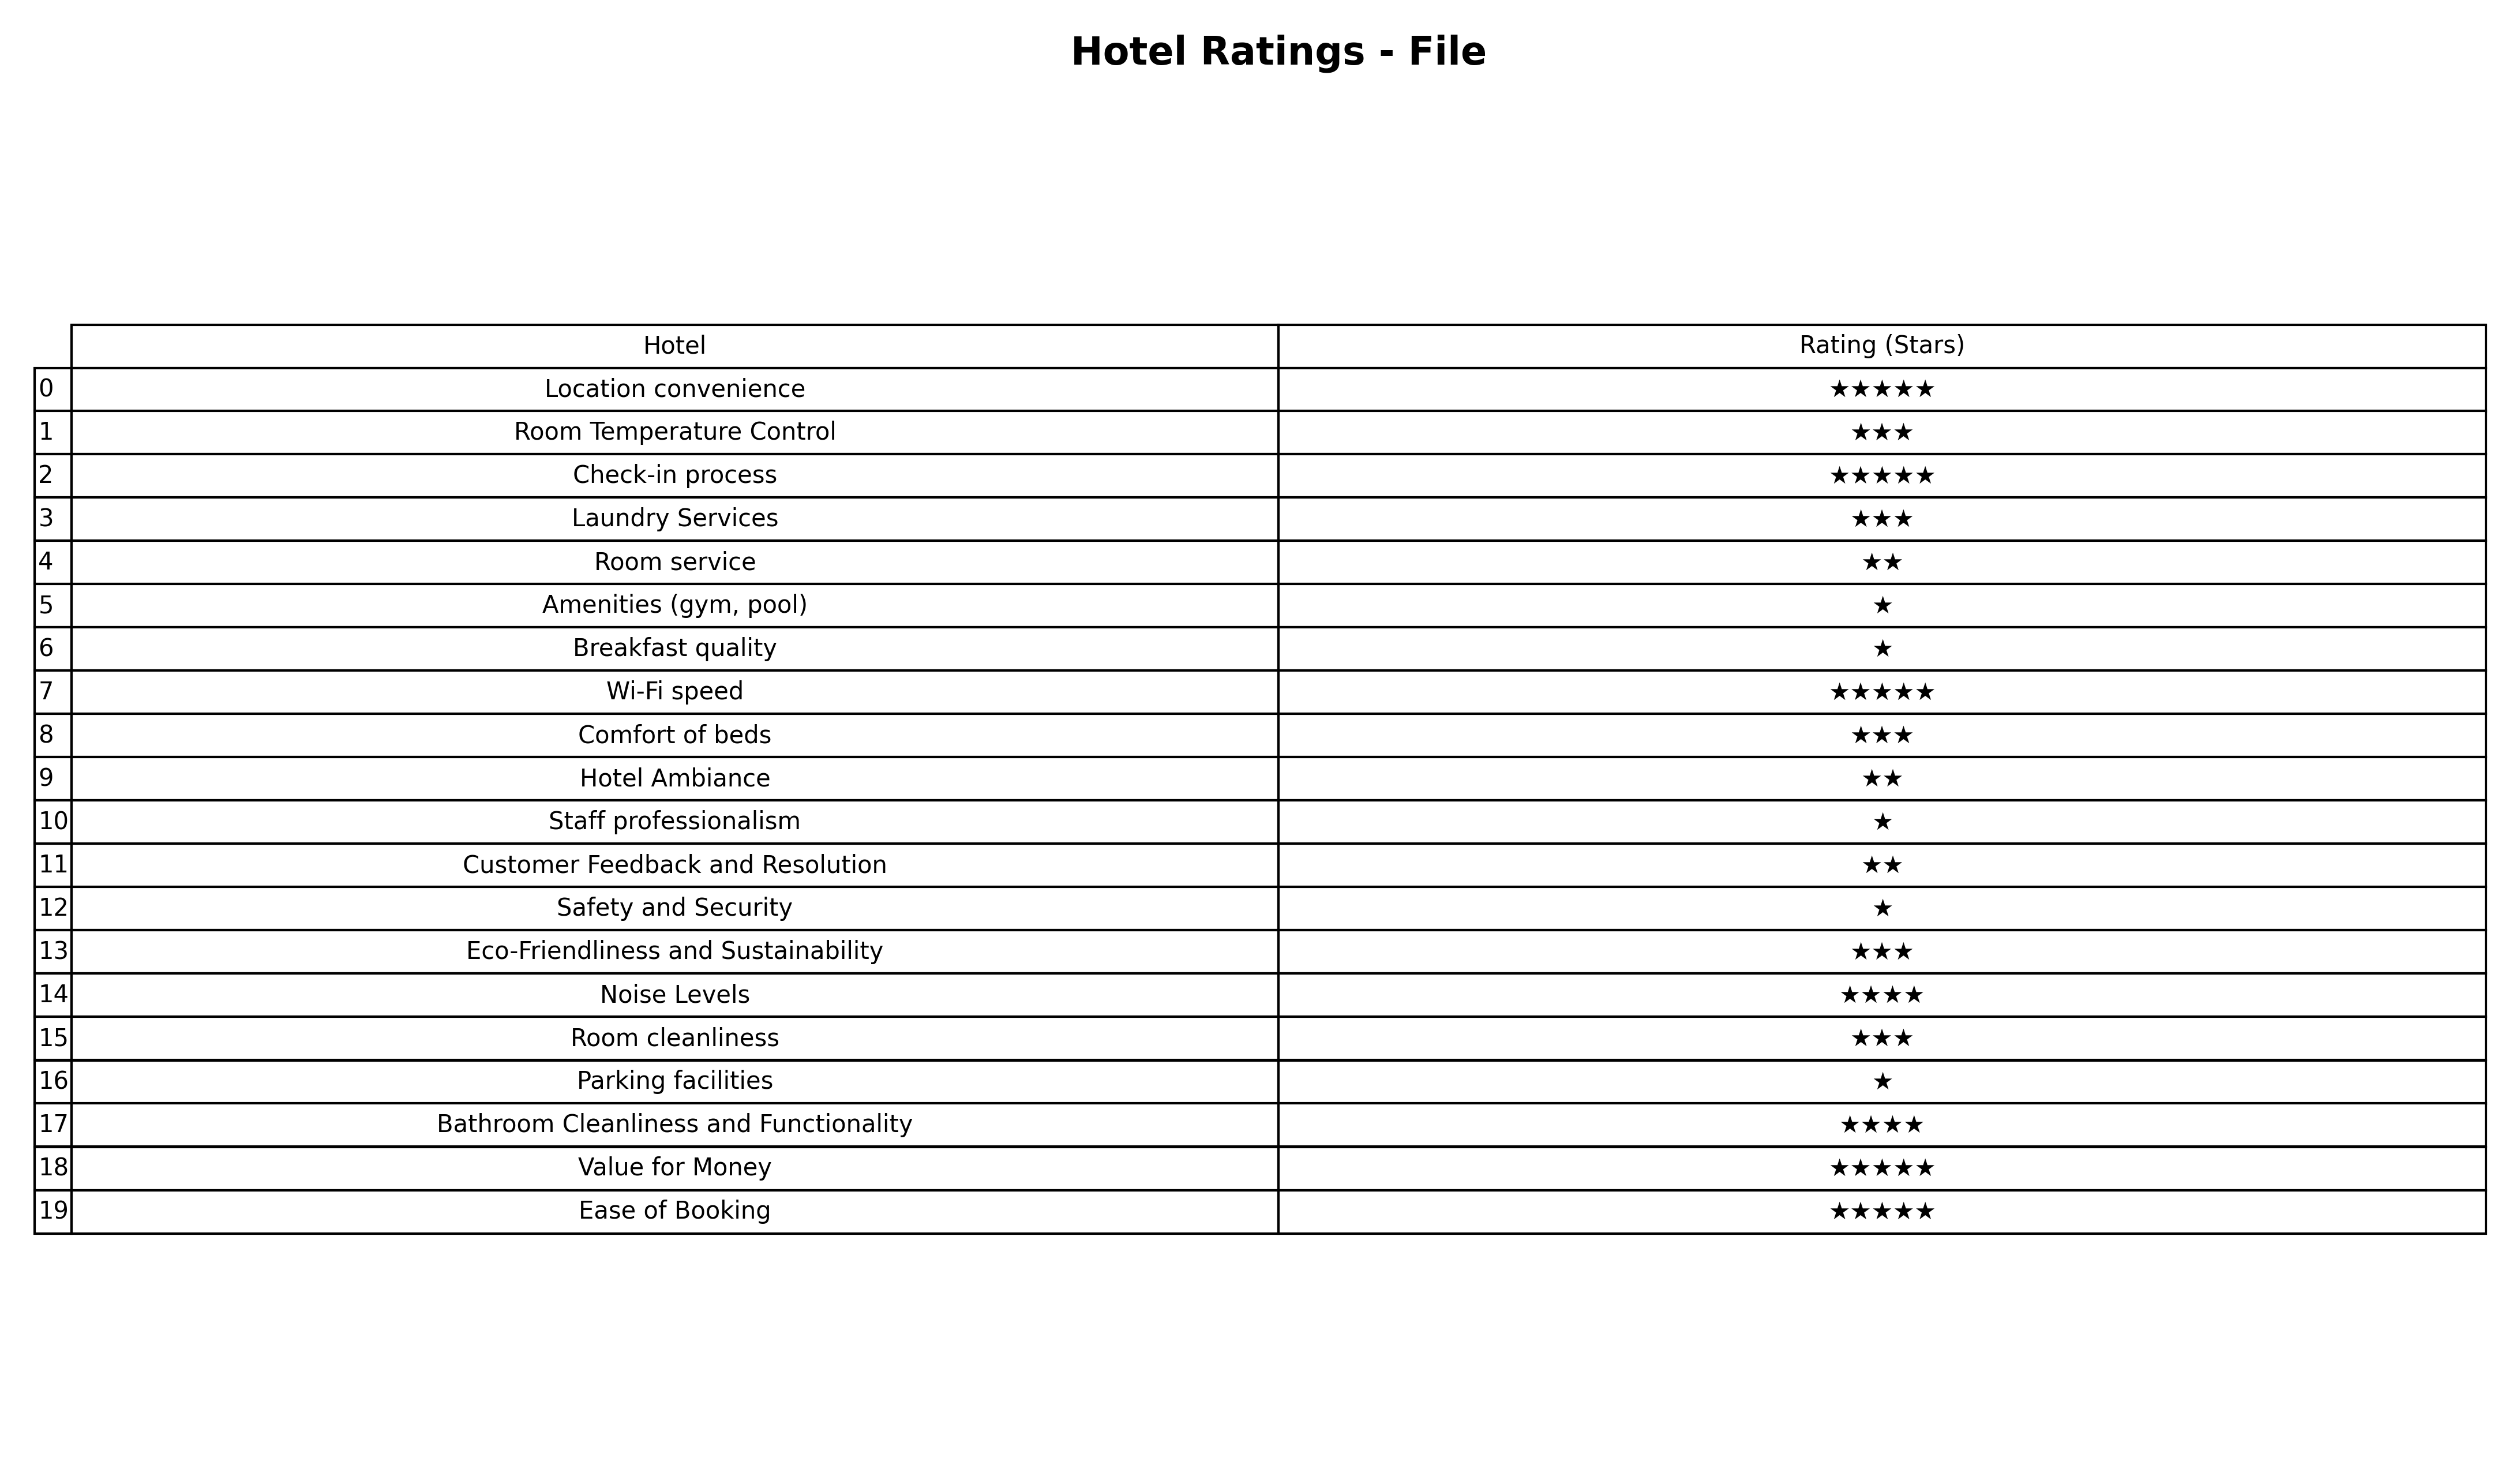
question: What are one star services?
answer: Amenities (gym, pool)Breakfast qualityStaff professionalismSafety and SecurityParking facilities